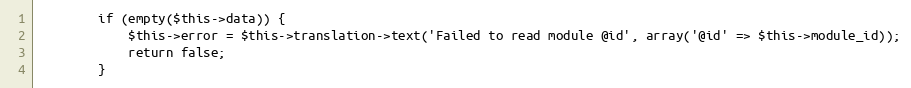
Language: PHP
        if (empty($this->data)) {
            $this->error = $this->translation->text('Failed to read module @id', array('@id' => $this->module_id));
            return false;
        }